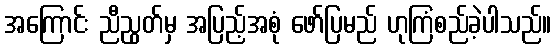
အကြောင်း ညီညွတ်မှ အပြည့်အစုံ ဖော်ပြမည် ဟုကြံစည်ခဲ့ပါသည်။